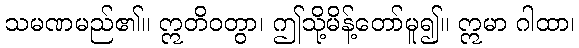
သမဏမည်၏။ ဣတိဝတွာ၊ ဤသို့မိန့်တော်မူ၍။ ဣမာ ဂါထာ၊